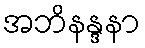
အဘိနန္ဒနာ